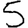
Digit: 5